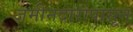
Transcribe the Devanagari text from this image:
जमीनदारांपासून